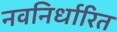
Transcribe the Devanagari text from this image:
नवनिर्धारित